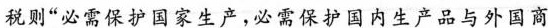
税则”必需保护国家生产，必需保护国内生产品与外国商